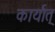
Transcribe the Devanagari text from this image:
कार्यात्